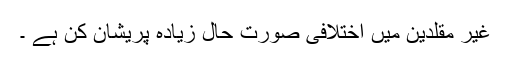
غیر مقلدین میں اختلافی صورت حال زیادہ پریشان کن ہے ۔